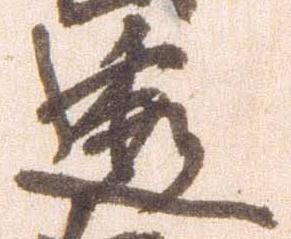
透